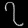
Digit: ၇